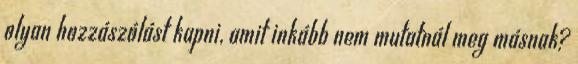
olyan hozzászólást kapni, amit inkább nem mutatnál meg másnak?